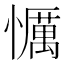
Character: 𢤆